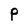
Character: P